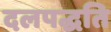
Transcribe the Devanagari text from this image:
दलपद्धति